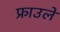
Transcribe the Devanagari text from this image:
फ्राउले